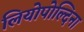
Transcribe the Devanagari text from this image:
लियोपोल्दिना